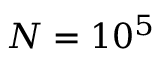
N = 1 0 ^ { 5 }